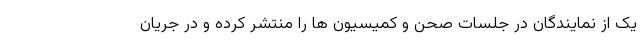
یک از نمایندگان در جلسات صحن و کمیسیون ها را منتشر کرده و در جریان